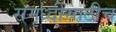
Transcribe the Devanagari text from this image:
समृध्दीसाठीच